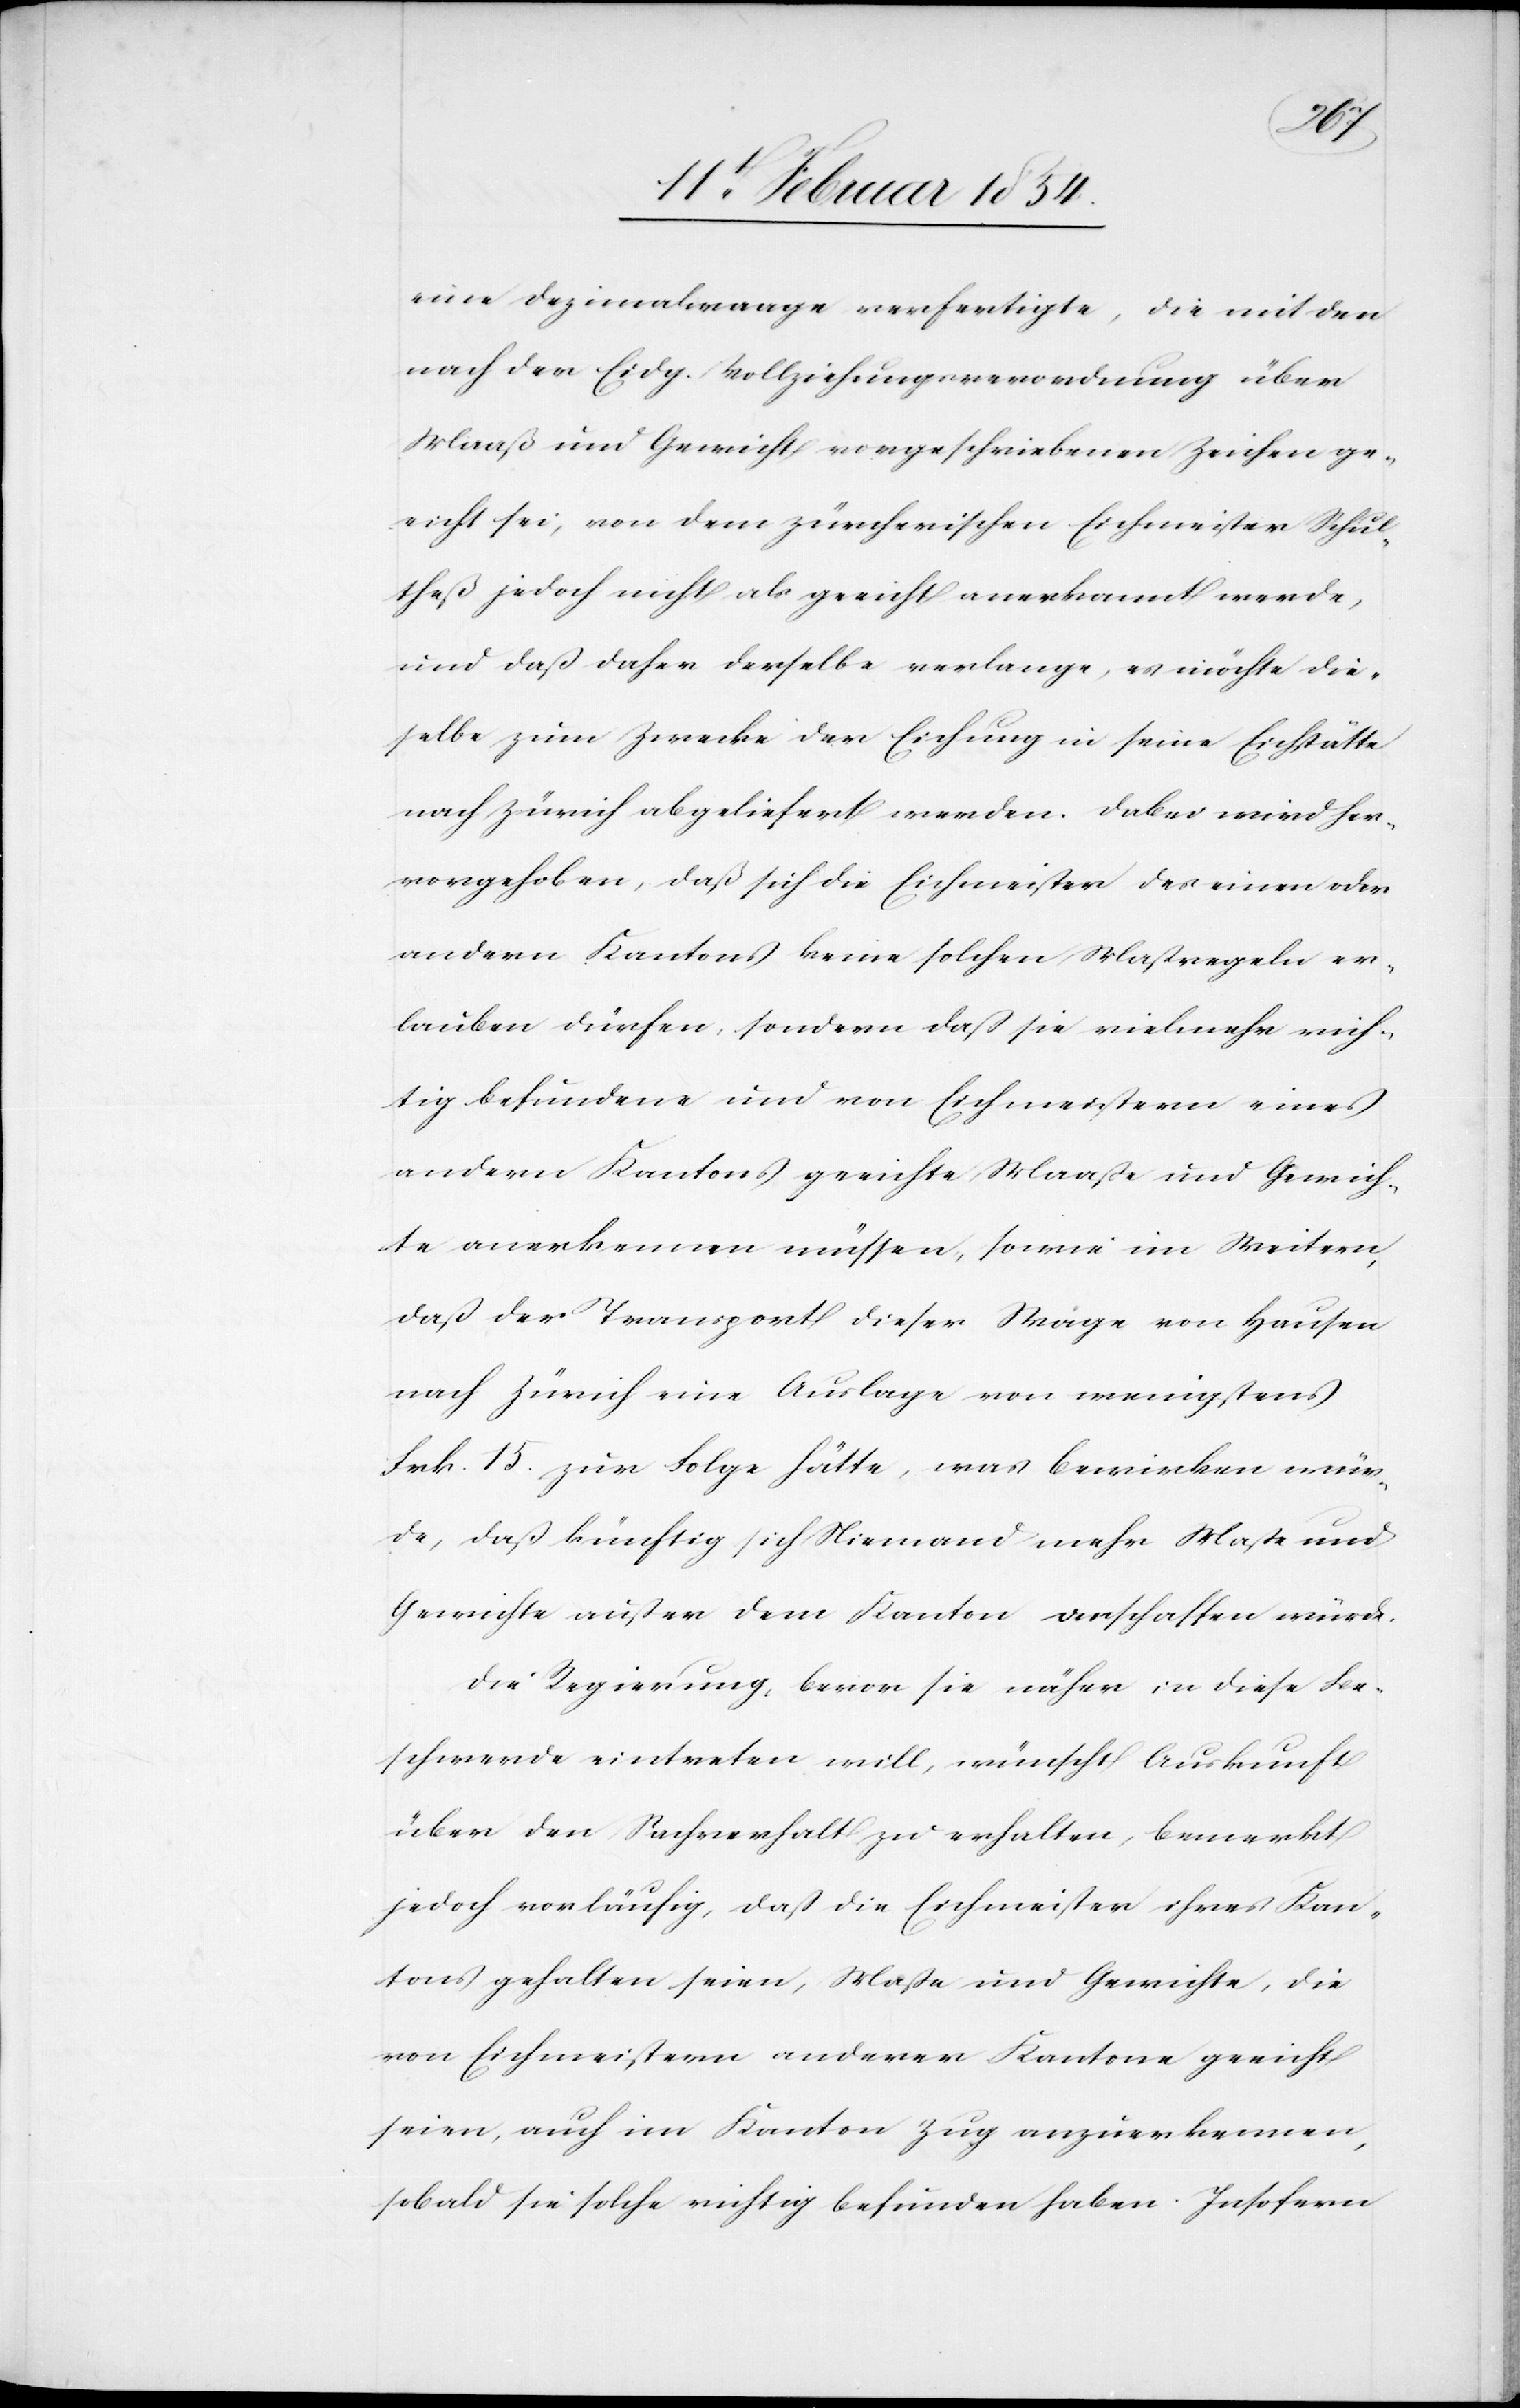
eine Dezimalwaage verfertigte, die mit den
nach der Eidg. Vollziehungsverwendung über
Maaß um Gewicht vorgeschriebenen Zeichen ge¬
eicht sei, von dem zürcherischen Eichmeister Schul¬
theß jedoch nicht als geeicht anerkannt werde,
und daß daher derselbe verlange, es möchte die¬
selbe zum Zwecke der Eichung in seine Eichstätte
nach Zürich abgeliefert werden. dabei wird her¬
vorgehoben, daß sich die Eichmeister des einen oder
andern Kantons keine solchen Maßregeln er¬
lauben dürfen, sondern daß sie vielmehr nich¬
tig befundene und von Eichmeistern eines
andern Kantons geeichte Maaße und Gewich¬
te anerkennen müssen, sowie im Weitern,
daß der Transport dieser Wage von Hausen
nach Zürich eine Auslage von wenigstens
Frk. 15. zur Folge hätte, was bewirken wür¬
de, daß künftig sich Niemand mehr Maße und
Gewichte außer dem Kanton verschaffen würde.
Die Regierung, bevor sie näher in diese Be¬
schwerde eintreten will, wünscht Auskunft
über den Sachverhalt zu erhalten, bemerkt
jedoch vorläufig, daß die Eichmeister ihres Kan¬
tons gehalten seien, Maße und Gewichte, die
von Eichmeistern anderer Kantone geeicht
seien, auch im Kanton Zug anzuerkennen,
sobald sie solche nichtig befunden haben. Insofern